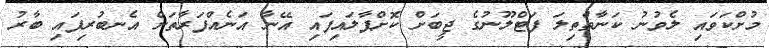
މުށްކަވައި ލެވުނު ކަނާތްތިލަ ފަޓްލޫނުގެ ޖީބަށް ކޮށްޕާލައިފައި އޭނާ އަނެއްފަރާތަށް އެނބުރިފައި ބާރު